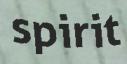
spirit